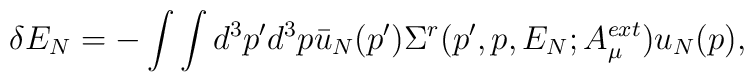
\delta E_{N}=-\int \int d^{3}p^{\prime }d^{3}p\bar{u}_{N}(p^{\prime })\Sigma^{r}(p^{\prime },p,E_{N};A_{\mu }^{ext})u_{N}(p),